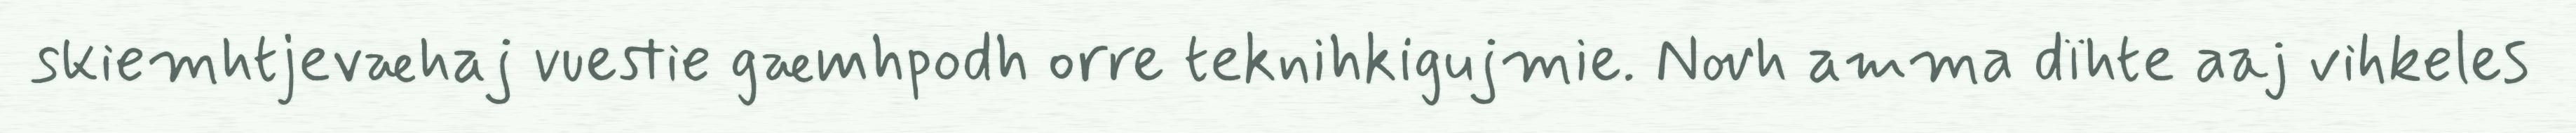
skiemhtjevæhaj vuestie gæmhpodh orre teknihkigujmie. Novh amma dïhte aaj vihkeles